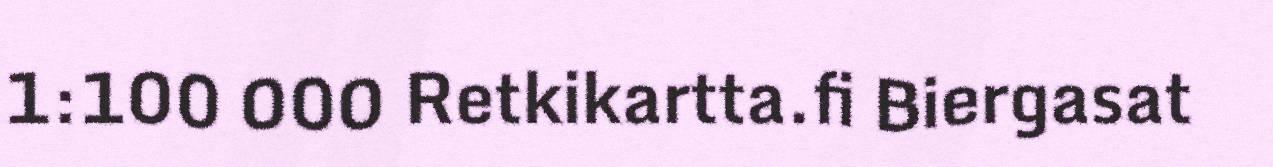
1:100 000 Retkikartta.fi Biergasat